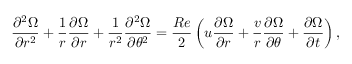
\frac { \partial ^ { 2 } \Omega } { \partial r ^ { 2 } } + \frac { 1 } { r } \frac { \partial \Omega } { \partial r } + \frac { 1 } { r ^ { 2 } } \frac { \partial ^ { 2 } \Omega } { \partial \theta ^ { 2 } } = \frac { R e } { 2 } \left( u \frac { \partial \Omega } { \partial r } + \frac { v } { r } \frac { \partial \Omega } { \partial \theta } + \frac { \partial \Omega } { \partial t } \right) ,